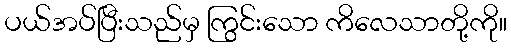
ပယ်အပ်ပြီးသည်မှ ကြွင်းသော ကိလေသာတို့ကို။